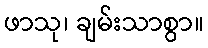
ဖာသု၊ ချမ်းသာစွာ။